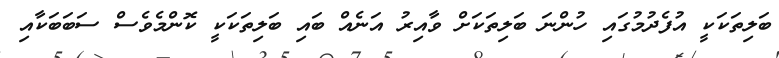
ބަލިތަކަކީ އުފެދުމުގައި ހުންނަ ބަލިތަކަށް ވާއިރު އަނެއް ބައި ބަލިތަކަކީ ކޮންމެވެސް ސަބަބަކާއި